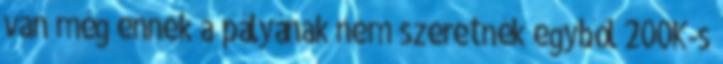
van még ennek a pályának nem szeretnék egyből 200K-s